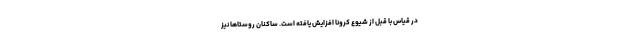
در قیاس با قبل از شیوع کرونا افزایش یافته است. ساکنان روستاها نیز